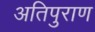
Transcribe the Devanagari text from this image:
अतिपुराण